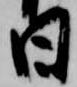
日